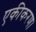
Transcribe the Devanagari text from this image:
एकीकरण।